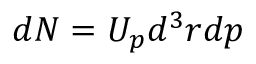
d N = U _ { p } d ^ { 3 } r d p